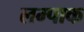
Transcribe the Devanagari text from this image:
लम्पाक